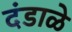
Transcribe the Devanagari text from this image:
दंडाळे